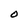
Character: O